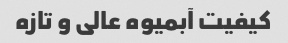
کیفیت آبمیوه عالی و تازه